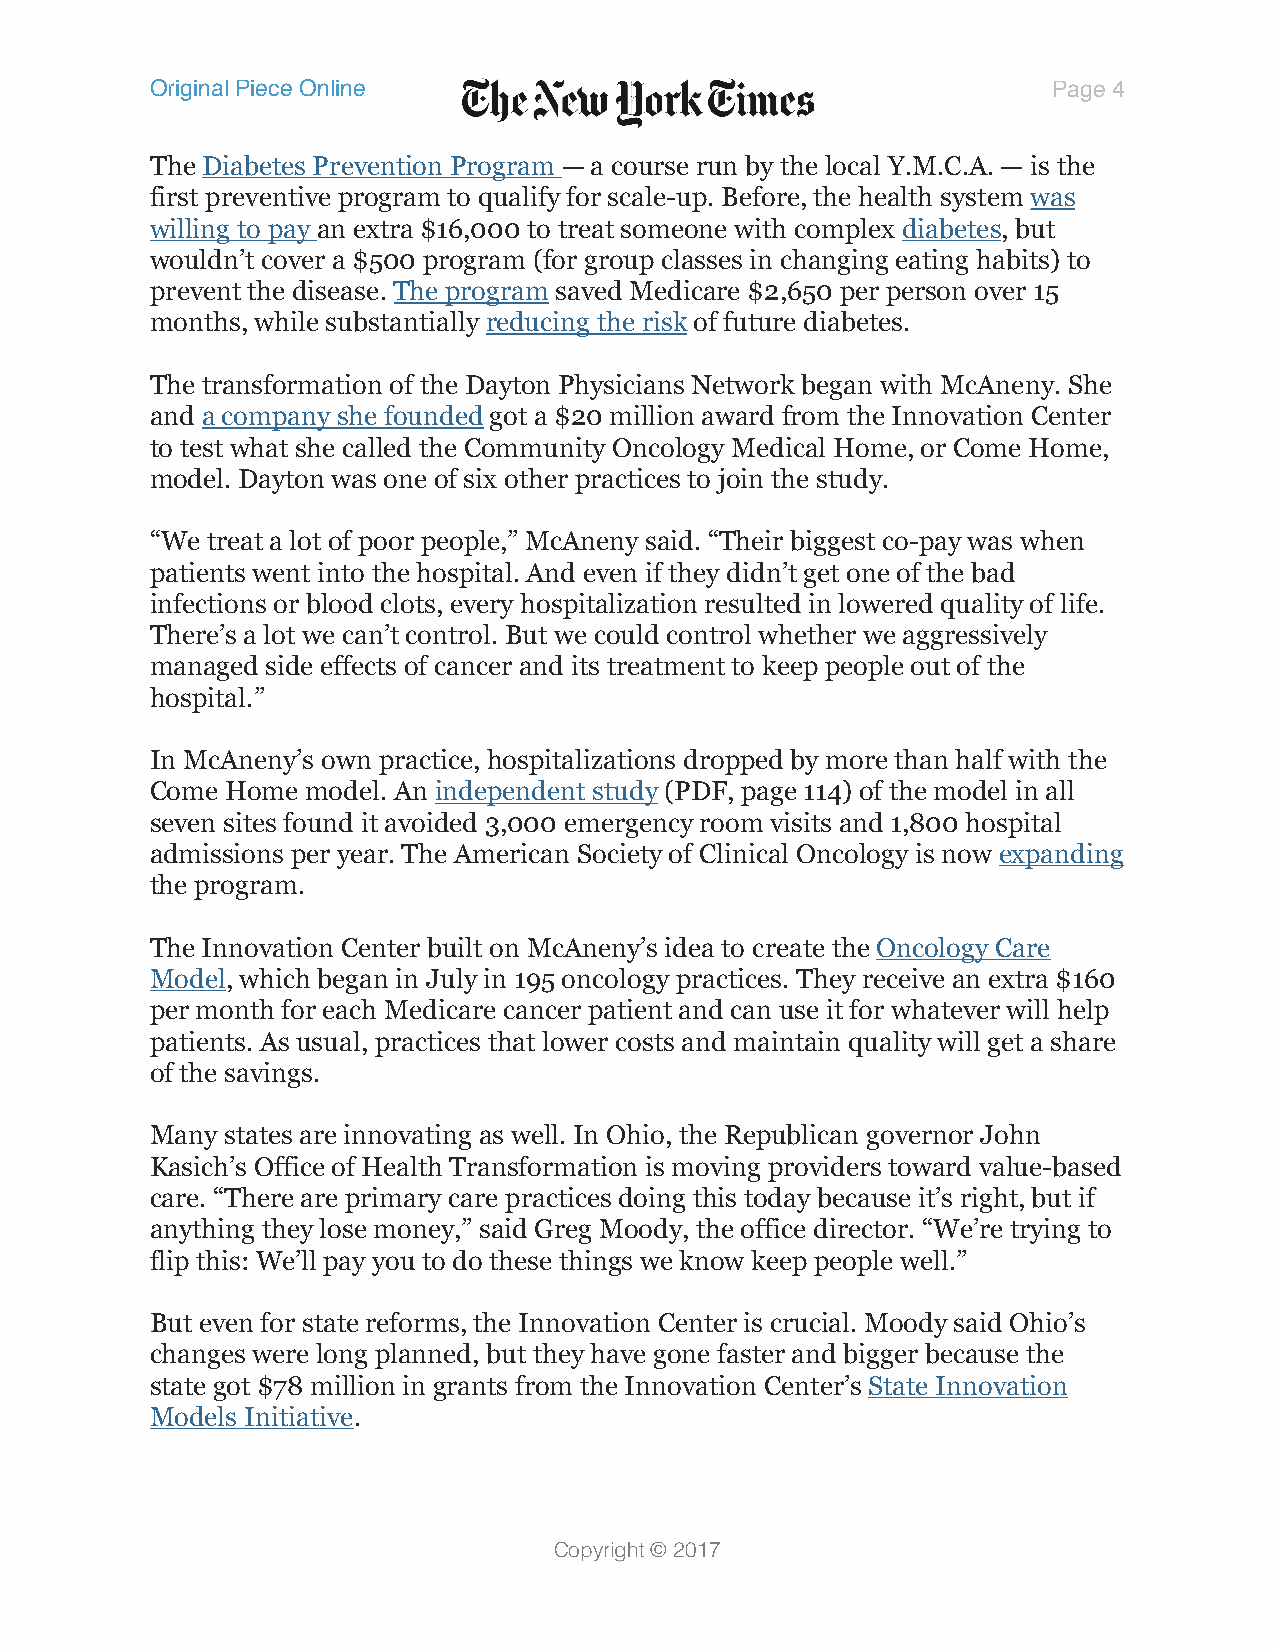
Original Piece Online                                       Page 4

 The Diabetes Prevention Program — a course run by the local Y.M.C.A. — is the
 first preventive program to qualify for scale-up. Before, the health system was
 willing to pay an extra $16,000 to treat someone with complex diabetes, but
 wouldn’t cover a $500 program (for group classes in changing eating habits) to
 prevent the disease. The program saved Medicare $2,650 per person over 15
 months, while substantially reducing the risk of future diabetes.
 The transformation of the Dayton Physicians Network began with McAneny. She
 and a company she founded got a $20 million award from the Innovation Center
 to test what she called the Community Oncology Medical Home, or Come Home,
 model. Dayton was one of six other practices to join the study.
 “We treat a lot of poor people,” McAneny said. “Their biggest co-pay was when
 patients went into the hospital. And even if they didn’t get one of the bad
 infections or blood clots, every hospitalization resulted in lowered quality of life.
 There’s a lot we can’t control. But we could control whether we aggressively
 managed side effects of cancer and its treatment to keep people out of the
 hospital.”
 In McAneny’s own practice, hospitalizations dropped by more than half with the
 Come Home model. An independent study (PDF, page 114) of the model in all
 seven sites found it avoided 3,000 emergency room visits and 1,800 hospital
 admissions per year. The American Society of Clinical Oncology is now expanding
 the program.
 The Innovation Center built on McAneny’s idea to create the Oncology Care
 Model, which began in July in 195 oncology practices. They receive an extra $160
 per month for each Medicare cancer patient and can use it for whatever will help
 patients. As usual, practices that lower costs and maintain quality will get a share
 of the savings.
 Many states are innovating as well. In Ohio, the Republican governor John
 Kasich’s Office of Health Transformation is moving providers toward value-based
 care. “There are primary care practices doing this today because it’s right, but if
 anything they lose money,” said Greg Moody, the office director. “We’re trying to
 flip this: We’ll pay you to do these things we know keep people well.”
 But even for state reforms, the Innovation Center is crucial. Moody said Ohio’s
 changes were long planned, but they have gone faster and bigger because the
 state got $78 million in grants from the Innovation Center’s State Innovation
 Models Initiative.
 Copyright © 2017